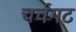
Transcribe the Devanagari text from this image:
चर्चगट